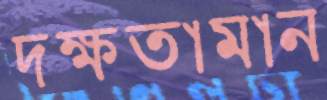
দক্ষতামান